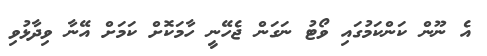
އެ ނޫން ކަންކަމުގައި ވޯޓު ނަގަން ޖެހޭނީ ހާމަކޮށް ކަމަށް އޭނާ ވިދާޅުވި